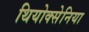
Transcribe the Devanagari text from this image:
थियोक्सेनिया